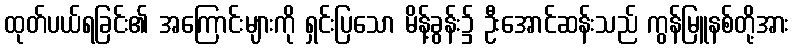
ထုတ်ပယ်ရခြင်း၏ အကြောင်းများကို ရှင်းပြသော မိန့်ခွန်း၌ ဦးအောင်ဆန်းသည် ကွန်မြူနစ်တို့အား